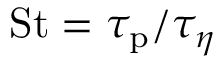
\mathrm { S t } = \tau _ { \mathrm { p } } / \tau _ { \eta }